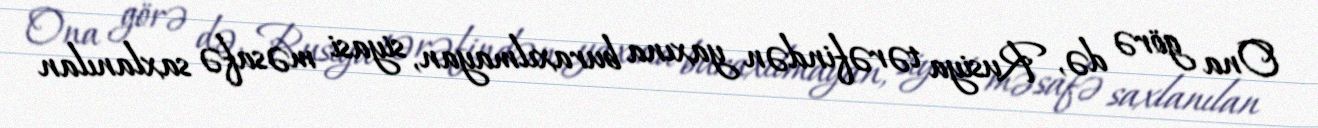
Ona görə də, Rusiya tərəfindən yaxına buraxılmayan, siyasi məsafə saxlanılan